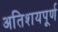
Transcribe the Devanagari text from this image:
अतिशयपूर्ण